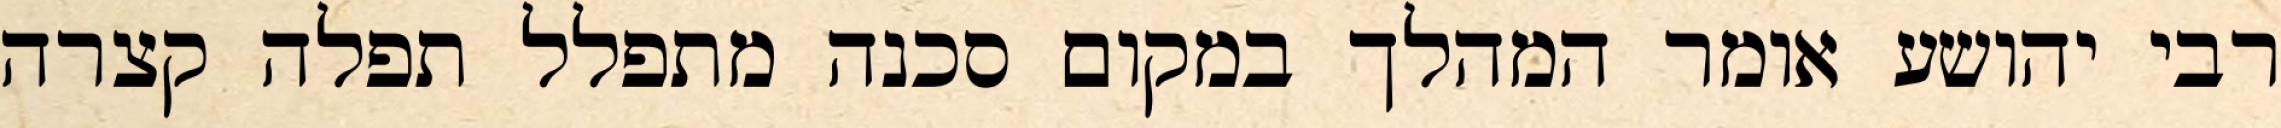
רבי יהושע אומר המהלך במקום סכנה מתפלל תפלה קצרה